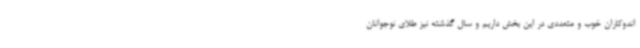
اندوکاران خوب و متعددی در این بخش داریم و سال گذشته نیز طلای نوجوانان